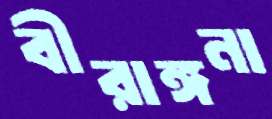
বীরাঙ্গনা